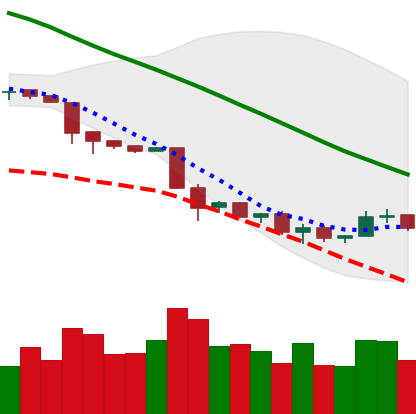
Ticker: NEO-USD
Chart end date: 2018-11-30
Forward return: -9.252%
Label: down_7plus